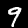
Digit: 9